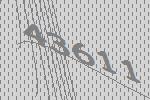
43611